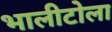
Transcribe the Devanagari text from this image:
भालीटोला